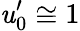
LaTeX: \mathit{u}_{0}^{\prime}\cong1